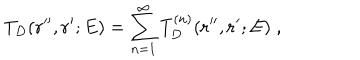
T _ { D } ( { \bf r ^ { \prime \prime } } , { \bf r ^ { \prime } } ; E ) = \sum _ { n = 1 } ^ { \infty } T _ { D } ^ { ( n ) } ( { \bf r ^ { \prime \prime } } , { \bf r ^ { \prime } } ; E ) \; ,